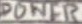
Text: POWER